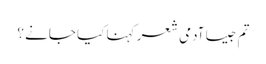
تم جیسا آدمی شعر کہنا کیا جانے ؟